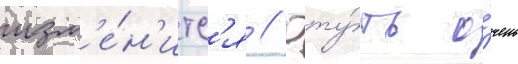
изм'е́н'итс'я // Рту́ть о́чень